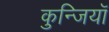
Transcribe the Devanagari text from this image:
कुन्जियाॅ